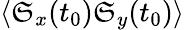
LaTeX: \langle\mathfrak{S}_{x}(t_{0})\mathfrak{S}_{y}(t_{0})\rangle